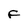
Character: F